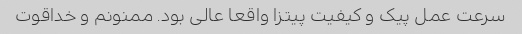
سرعت عمل پیک و کیفیت پیتزا واقعا عالی بود. ممنونم و خداقوت